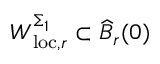
W _ { \mathrm { l o c } , r } ^ { \Sigma _ { 1 } } \subset \widehat { B } _ { r } ( 0 )